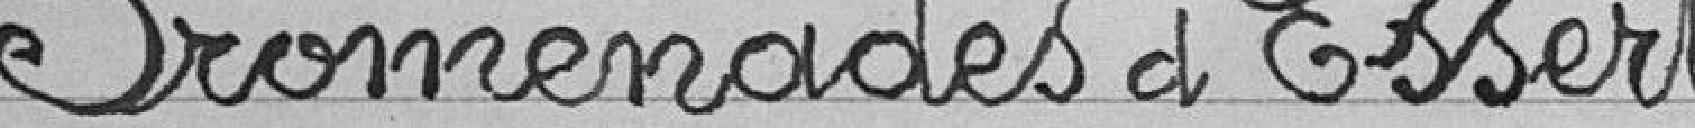
Promenades à Essert